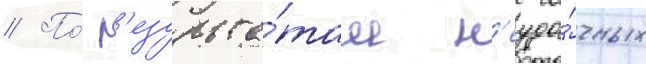
// По́ р'езульта́там н'еуда́чных